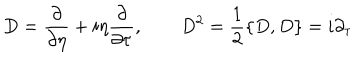
D = { \frac { \partial } { \partial \eta } } + i \eta { \frac { \partial } { \partial \tau } } , \qquad D ^ { 2 } = { \frac { 1 } { 2 } } \{ D , D \} = i \partial _ { \tau }